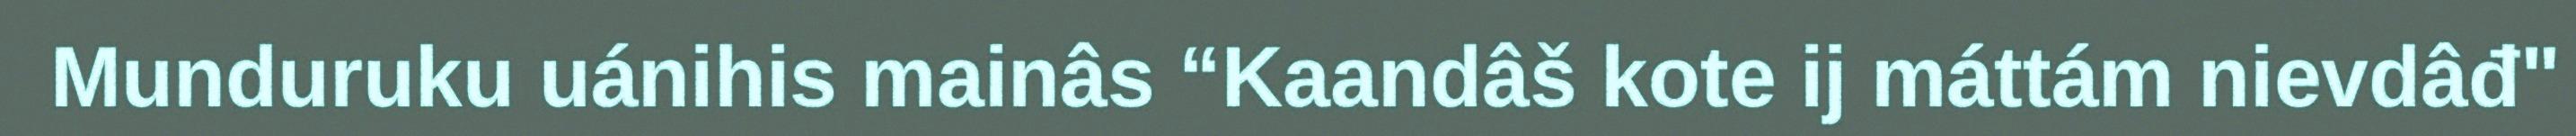
Munduruku uánihis mainâs “Kaandâš kote ij máttám nievdâđ"